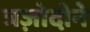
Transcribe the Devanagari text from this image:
त्रज़ोदोने